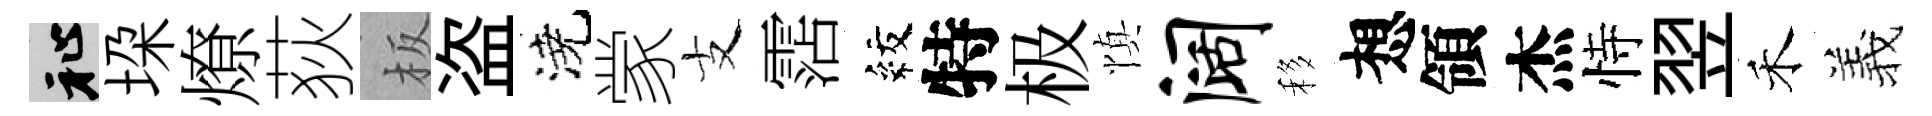
祉垜燎荻板盗澆䝉支霑紋特极慎阔移想領杰恃翌禾羲